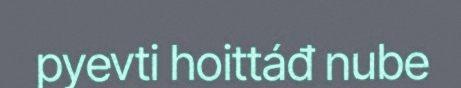
pyevti hoittáđ nube